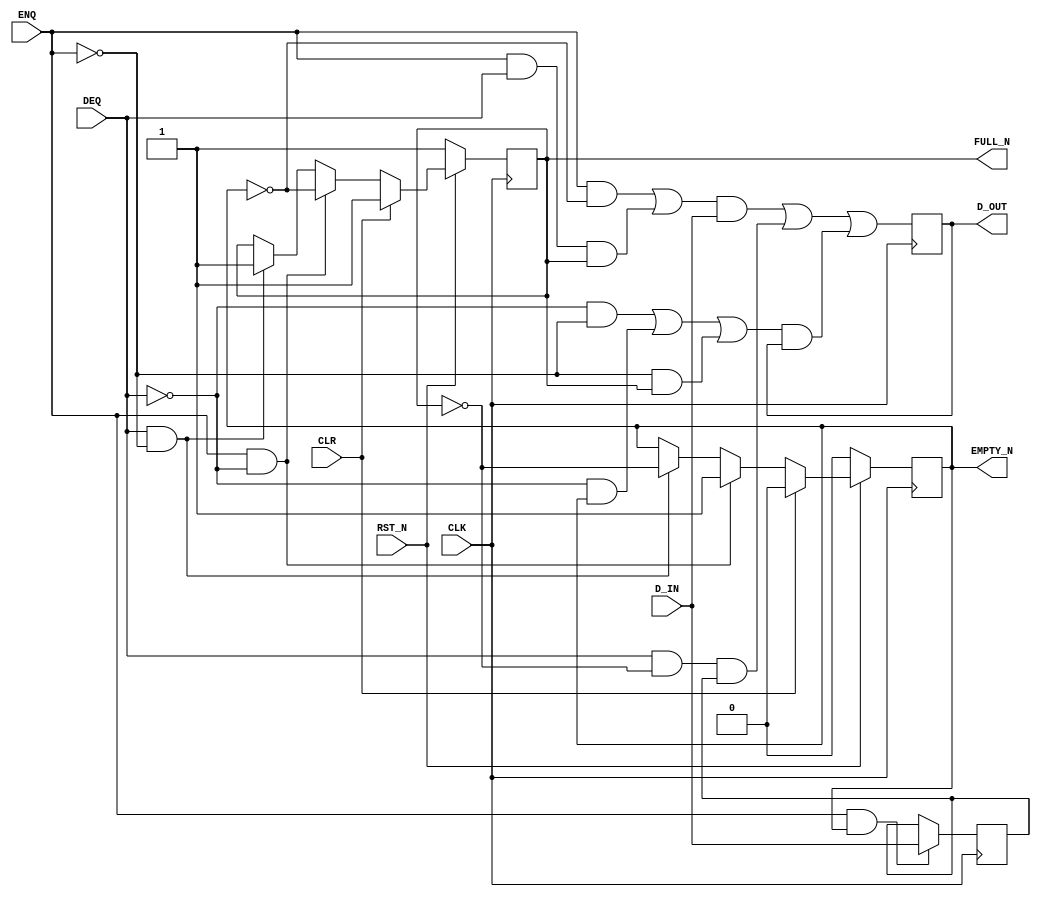

// Copyright (c) 2000-2009 Bluespec, Inc.

// Permission is hereby granted, free of charge, to any person obtaining a copy
// of this software and associated documentation files (the "Software"), to deal
// in the Software without restriction, including without limitation the rights
// to use, copy, modify, merge, publish, distribute, sublicense, and/or sell
// copies of the Software, and to permit persons to whom the Software is
// furnished to do so, subject to the following conditions:

// The above copyright notice and this permission notice shall be included in
// all copies or substantial portions of the Software.

// THE SOFTWARE IS PROVIDED "AS IS", WITHOUT WARRANTY OF ANY KIND, EXPRESS OR
// IMPLIED, INCLUDING BUT NOT LIMITED TO THE WARRANTIES OF MERCHANTABILITY,
// FITNESS FOR A PARTICULAR PURPOSE AND NONINFRINGEMENT. IN NO EVENT SHALL THE
// AUTHORS OR COPYRIGHT HOLDERS BE LIABLE FOR ANY CLAIM, DAMAGES OR OTHER
// LIABILITY, WHETHER IN AN ACTION OF CONTRACT, TORT OR OTHERWISE, ARISING FROM,
// OUT OF OR IN CONNECTION WITH THE SOFTWARE OR THE USE OR OTHER DEALINGS IN
// THE SOFTWARE.
//
// $Revision: 17872 $
// $Date: 2009-09-18 14:32:56 +0000 (Fri, 18 Sep 2009) $

`ifdef BSV_ASSIGNMENT_DELAY
`else
`define BSV_ASSIGNMENT_DELAY
`endif


// Depth 2 FIFO
module FIFO2(CLK,
             RST_N, 
             D_IN, 
             ENQ, 
             FULL_N, 
             D_OUT, 
             DEQ, 
             EMPTY_N, 
             CLR);
   // synopsys template   

   parameter width = 1;
   parameter guarded = 1;

   input     CLK ;
   input     RST_N ;
   input [width - 1 : 0] D_IN;
   input                 ENQ;
   input                 DEQ;
   input                 CLR ;
   
   output                FULL_N;
   output                EMPTY_N;
   output [width - 1 : 0] D_OUT;

   reg                    full_reg;
   reg                    empty_reg;
   reg [width - 1 : 0]    data0_reg;
   reg [width - 1 : 0]    data1_reg;

   assign                 FULL_N = full_reg ;
   assign                 EMPTY_N = empty_reg ;
   assign                 D_OUT = data0_reg ;
   

   // Optimize the loading logic since state encoding is not power of 2!
   wire                   d0di = (ENQ && ! empty_reg ) || ( ENQ && DEQ && full_reg ) ;
   wire                   d0d1 = DEQ && ! full_reg ;
   wire                   d0h = ((! DEQ) && (! ENQ )) || (!DEQ && empty_reg ) || ( ! ENQ &&full_reg) ;
   wire                   d1di = ENQ & empty_reg ;
   
`ifdef BSV_NO_INITIAL_BLOCKS
`else // not BSV_NO_INITIAL_BLOCKS
   // synopsys translate_off
   initial 
     begin
        data0_reg   = {((width + 1)/2) {2'b10}} ;
        data1_reg  = {((width + 1)/2) {2'b10}} ;
        empty_reg = 1'b0;
        full_reg  = 1'b1;
     end // initial begin
   // synopsys translate_on
`endif // BSV_NO_INITIAL_BLOCKS

   always@(posedge CLK /* or negedge RST_N */) 
     begin
        if (!RST_N) 
          begin
             empty_reg <= `BSV_ASSIGNMENT_DELAY 1'b0;
             full_reg  <= `BSV_ASSIGNMENT_DELAY 1'b1;
          end // if (RST_N == 0)
        else
          begin
             if (CLR)
               begin
                  empty_reg <= `BSV_ASSIGNMENT_DELAY 1'b0;
                  full_reg  <= `BSV_ASSIGNMENT_DELAY 1'b1;
               end // if (CLR)
             else if ( ENQ && ! DEQ ) // just enq
               begin
                  empty_reg <= `BSV_ASSIGNMENT_DELAY 1'b1;
                  full_reg <= `BSV_ASSIGNMENT_DELAY ! empty_reg ;
               end 
             else if ( DEQ && ! ENQ )
               begin
                  full_reg  <= `BSV_ASSIGNMENT_DELAY 1'b1;
                  empty_reg <= `BSV_ASSIGNMENT_DELAY ! full_reg;
               end // if ( DEQ && ! ENQ )
          end // else: !if(RST_N == 0)
        
     end // always@ (posedge CLK or negedge RST_N)


   always@(posedge CLK /* or negedge RST_N */ )
     begin
        // Following section initializes the data registers which
        // may be desired only in some situations.
        // Uncomment to initialize array        
        /*
        if (!RST_N)
          begin
             data0_reg <= `BSV_ASSIGNMENT_DELAY {width {1'b0}} ;
             data1_reg <= `BSV_ASSIGNMENT_DELAY {width {1'b0}} ;
          end
        else
         */
          begin
             data0_reg  <= `BSV_ASSIGNMENT_DELAY 
                           {width{d0di}} & D_IN | {width{d0d1}} & data1_reg | {width{d0h}} & data0_reg ;
             data1_reg <= `BSV_ASSIGNMENT_DELAY 
                          d1di ? D_IN : data1_reg ;
          end // else: !if(RST_N == 0)
     end // always@ (posedge CLK or negedge RST_N)
   

   
   // synopsys translate_off
   always@(posedge CLK)
     begin: error_checks
        reg deqerror, enqerror ;
        
        deqerror =  0;
        enqerror = 0;
        if ( RST_N ) 
          begin 
             if ( ! empty_reg && DEQ )
               begin
                  deqerror =  1;
                  $display( "Warning: FIFO2: %m -- Dequeuing from empty fifo" ) ;
               end
             if ( ! full_reg && ENQ && (!DEQ || guarded) )
               begin
                  enqerror = 1;
                  $display( "Warning: FIFO2: %m -- Enqueuing to a full fifo" ) ;
               end
          end
     end // always@ (posedge CLK)   
   // synopsys translate_on
   
endmodule